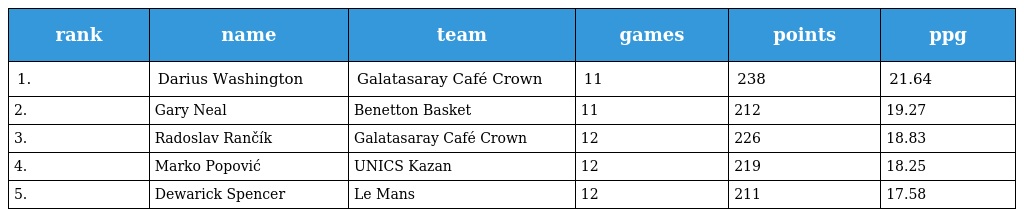
| rank | name | team | games | points | ppg |
 | --- | --- | --- | --- | --- | --- |
 | 1. | Darius Washington | Galatasaray Café Crown | 11 | 238 | 21.64 |
 | 2. | Gary Neal | Benetton Basket | 11 | 212 | 19.27 |
 | 3. | Radoslav Rančík | Galatasaray Café Crown | 12 | 226 | 18.83 |
 | 4. | Marko Popović | UNICS Kazan | 12 | 219 | 18.25 |
 | 5. | Dewarick Spencer | Le Mans | 12 | 211 | 17.58 |